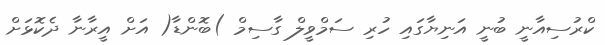
ކްރުސިއާނީ ބުނީ އަނިޔާގައި ހުރި ސަމްވީލް ގާސިމް )ބޮންޑާ( އަށް އީރާނާ ދެކޮޅަށް